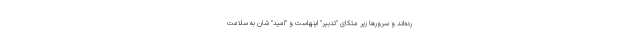
رده‌اند و سِرورها زیر مُتّکای "تدبیر" اینهاست و "امید" شان به سلامت